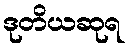
ဒုတိယဆုရ